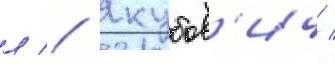
л // Якубов'ич /